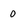
Character: 0